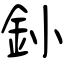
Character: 釥